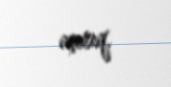
açırıq.